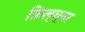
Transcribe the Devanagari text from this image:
फ़िल्च्नर